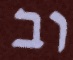
וב